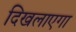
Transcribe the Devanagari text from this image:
दिखलाएगा